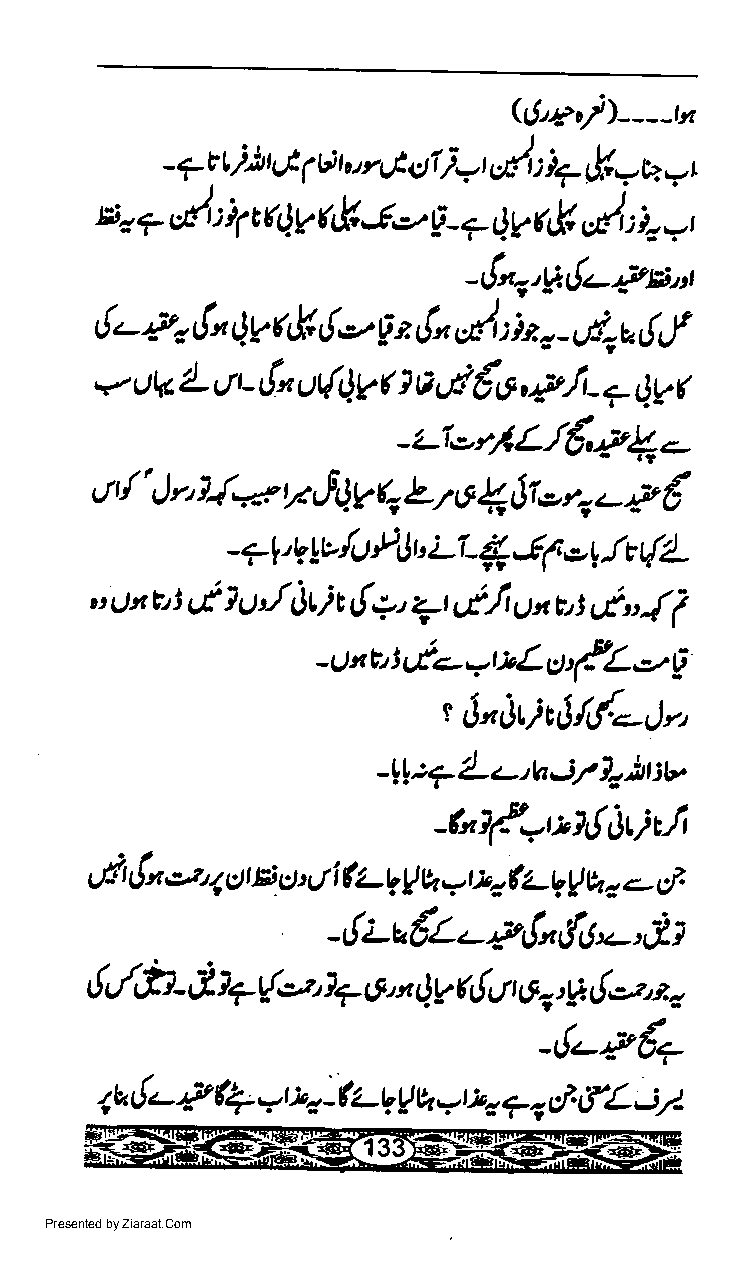
((t2o/)----rn
 g
 - 7tti ')t st, 1 6 t otrgtOl lwt utlt : 1* r,
 =O
 ao 7 t/t : 4 *4yr&J.-' ri-7 qy6k,/,:i.
 =,
 -{n<.,Vt!-Fs,,'
 6-Pr,!"        tle    {n,/t :it $a,!,f
 Qvc,k      z
 F
 "-
 L q- ["          tl€tt,F,i-
 v- uk         ut{Ovr } a          * Av(
 _z_io,.lL.$'2L._
 {*
 un / r'      b JA.V q L r c 1 6I e rt z- p €
 ")   _ ?l,V le lu PJb Lr_ ( $ e lt t{2_
 t
 ,'.)t?,t d IUJ   {u              et,{i
 OVt     z-t u(/t u,t E t
 -Uxhiu/<-wrtLgt{L.rg
 t 6notic6/d.._,),,
 -lP?Z-.-,hi/l.itw
 _hf_
 _.r211!1)tlJ
 sii {x,>z, q g r B o, it i ( L, A q./ bc fu - W h a - cf.
 pt"
 -,!i -a€Z -    t{,J,-,,i1
 &,/h-'il7rt*"'17on
 Qrafifuut,p{ozt-
 -,!-,"+
 (l
 {-                           fL,:7
 P
 l*         yr.i'o -!'rs, g q -t zo * ct
 o
 Presented by Ziaraat.Com